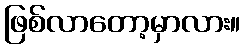
ဖြစ်လာတော့မှာလား။